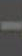
-